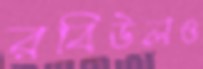
রবিউলও